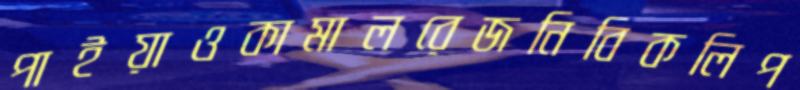
পাইয়াওকামালরেজনিবিকলিপ